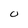
Character: 0